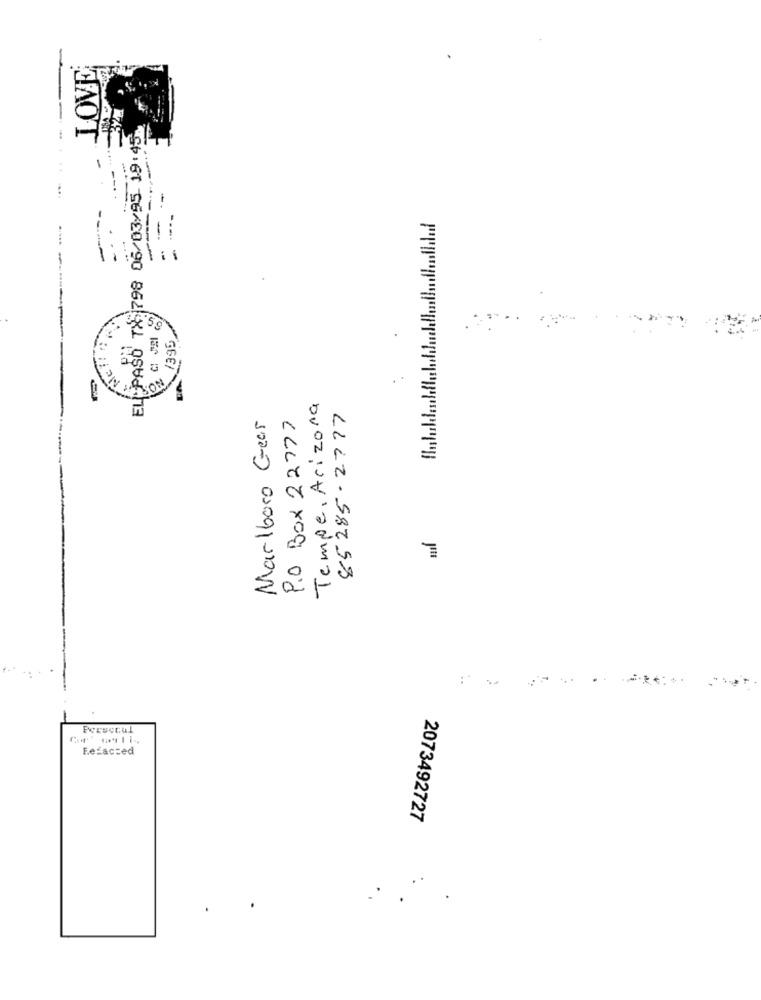
LOVE
EL PASO TX 798 06/03/95- 19:45:
----
....
-----------
--
-
5g
395
.
MC !!
..
Tempe, Arizona
85285-2777
PO BOX 22777
Marlboro Gear
Persccul
Fefacced
2073492727